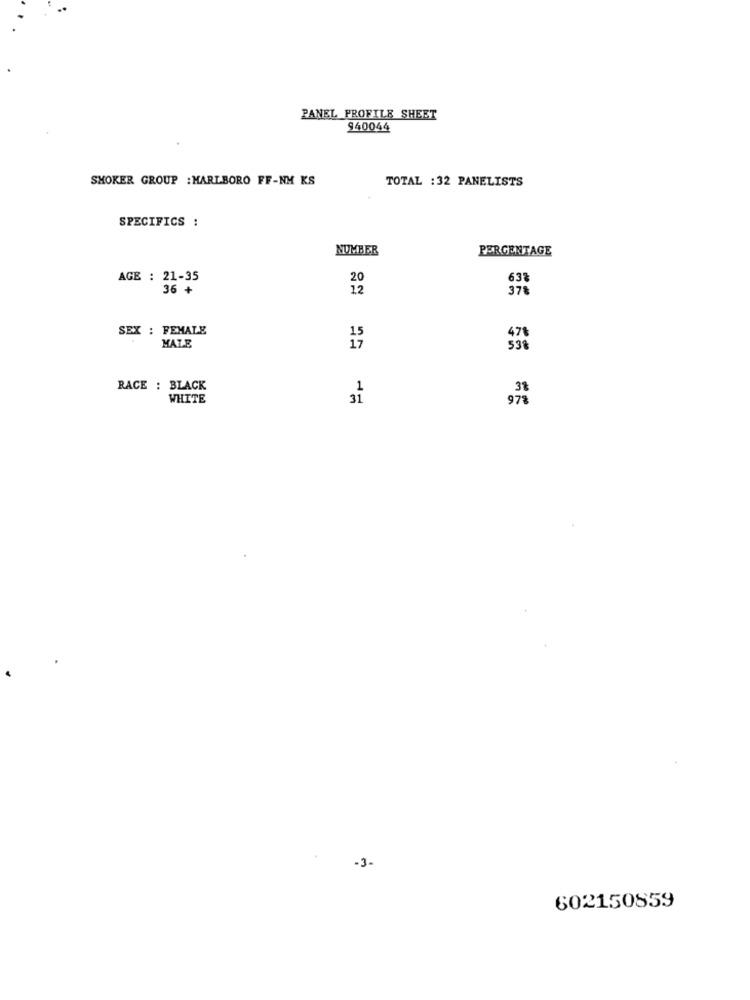
PANEL PROFILE SHEET
940044
SMOKER GROUP : MARLBORO FF-NM KS
TOTAL : 32 PANELISTS
SPECIFICS :
NUMBER
PERCENTAGE
AGE : 21-35
20
63
36 +
12
37
SEX : FEMALE
MALE
RACE : BLACK
WHITE
31
-3.
602150859